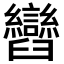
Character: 𦦽